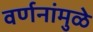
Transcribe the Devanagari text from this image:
वर्णनांमुळे